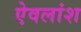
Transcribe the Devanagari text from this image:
ऐवलांश